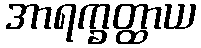
အာရက္ခတ္ထာယ